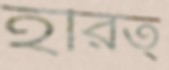
হরিত্